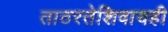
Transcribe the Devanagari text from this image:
ताठरतेशिवायही